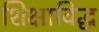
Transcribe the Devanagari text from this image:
शिक्षाविद्ध